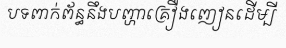
បទពាក់ព័ន្ធនឹងបញ្ហាគ្រឿងញៀនដើម្បី